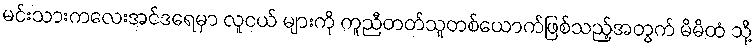
မင်းသားကလေးအင်ဒရေမှာ လူငယ် များကို ကူညီတတ်သူတစ်ယောက်ဖြစ်သည့်အတွက် မိမိထံ သို့